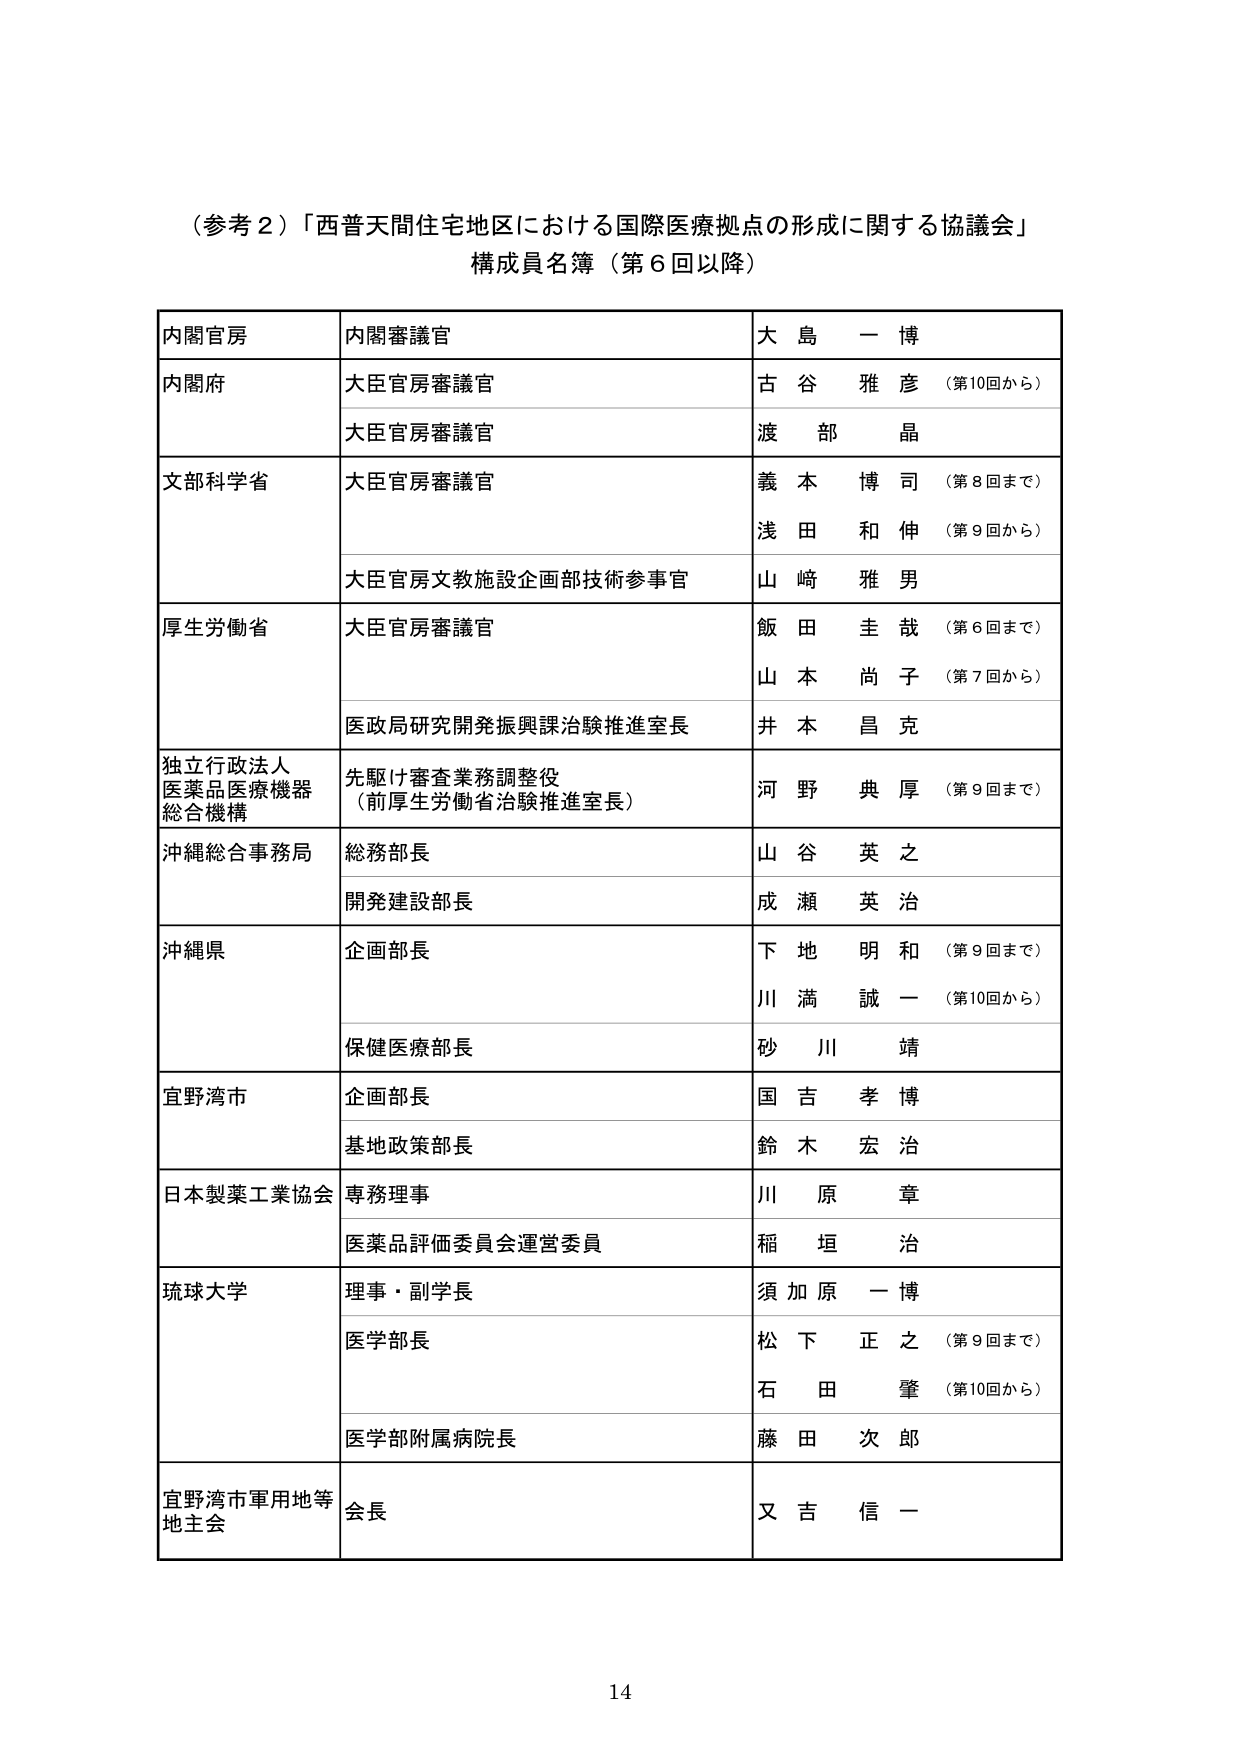
（参考２）「西普天間住宅地区における国際医療拠点の形成に関する協議会」
構成員名簿（第６回以降）

内閣官房　内閣審議官　大島 一博
内閣府　大臣官房審議官　古谷 雅彦（第10回から）
　　　　　大臣官房審議官　渡部 晶
文部科学省　大臣官房審議官　義本 博司（第8回まで）
　　　　　　　　　　　　　浅田 和伸（第9回から）
　　　　　大臣官房文教施設企画部技術参事官　山崎 雅男
厚生労働省　大臣官房審議官　飯田 圭哉（第6回まで）
　　　　　　　　　　　　　山本 尚子（第7回から）
　　　　　医政局研究開発振興課治験推進室長　井本 昌克
独立行政法人
医薬品医療機器
総合機構　先駆け審査業務調整役
（前厚生労働省治験推進室長）　河野 典厚（第9回まで）
沖縄総合事務局　総務部長　山谷 英之
　　　　　　　　開発建設部長　成瀬 英治
沖縄県　企画部長　下地 明和（第9回まで）
　　　　　　　　　川満 誠一（第10回から）
　　　　　保健医療部長　砂川 靖
宜野湾市　企画部長　国吉 孝博
　　　　　基地政策部長　鈴木 宏治
日本製薬工業協会　専務理事　川原 章
　　　　　　　　　医薬品評価委員会運営委員　稲垣 治
琉球大学　理事・副学長　須加原 一博
　　　　　医学部長　松下 正之（第9回まで）
　　　　　　　　　　石田 肇（第10回から）
　　　　　医学部附属病院長　藤田 次郎
宜野湾市軍用地等地主会　会長　又吉 信一

14